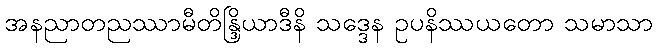
အနညာတညဿာမီတိန္ဒြိယာဒီနိ သဒ္ဒေန ဥပနိဿယတော သမာသာ